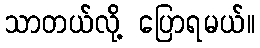
သာတယ်လို့ ပြောရမယ်။